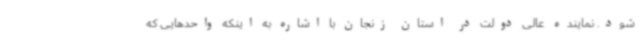
شود. نماینده عالی دولت در استان زنجان با اشاره به اینکه واحدهایی که